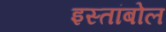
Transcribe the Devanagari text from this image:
इस्तांबोल